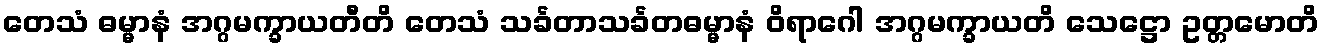
တေသံ ဓမ္မာနံ အဂ္ဂမက္ခာယတီတိ တေသံ သင်္ခတာသင်္ခတဓမ္မာနံ ဝိရာဂေါ အဂ္ဂမက္ခာယတိ သေဋ္ဌော ဥတ္တမောတိ